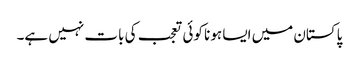
پاکستان میں ایسا ہونا کوئی تعجب کی بات نہیں ہے۔